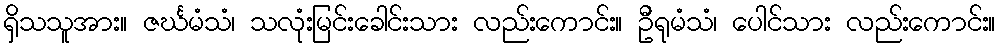
ရှိသသူအား။ ဇင်္ဃမံသံ၊ သလုံးမြင်းခေါင်းသား လည်းကောင်း။ ဦရုမံသံ၊ ပေါင်သား လည်းကောင်း။